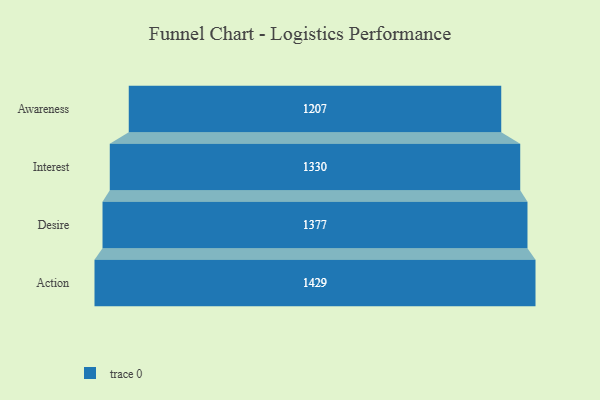
{"axis": {"x": "Stage", "y": "Value"}, "legend": [""], "data": [{"x": "Awareness", "y": 1207.0, "type": ""}, {"x": "Interest", "y": 1330.0, "type": ""}, {"x": "Desire", "y": 1377.0, "type": ""}, {"x": "Action", "y": 1429.0, "type": ""}]}